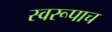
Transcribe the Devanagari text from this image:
स्वरूपाच